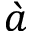
\grave { a }